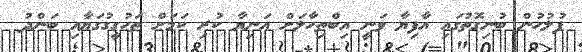
ފުލުހުން ބުނިގޮތުގައި އާފިޔާ ވަނީ އިބްތިހާލަށް އަނިޔާ ކުރި ކަމަށް ތަހުގީގުގަޔާއި ބަންދު